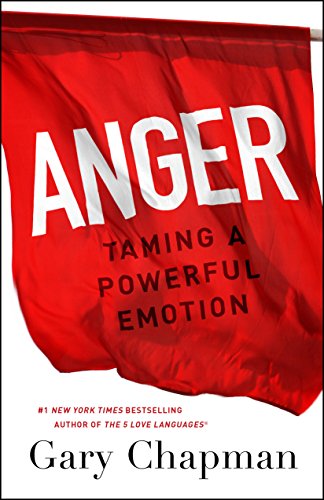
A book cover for Anger: Taming a Powerful Emotion; Gary D Chapman; Self-Help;